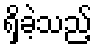
ရှိခဲ့သည့်